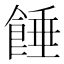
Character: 𩜀